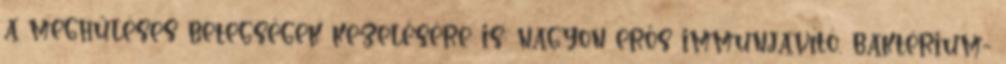
a meghűléses betegségek kezelésére is: nagyon erős immunjavító, baktérium-